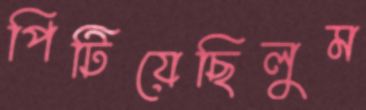
পিটিয়েছিলুম